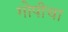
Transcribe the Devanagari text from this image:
गोपीचा